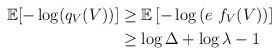
LaTeX: \begin{align*}\mathbb{E}[ -\log( q_{V}(V) ) ] &\geq \mathbb{E}\left[ -\log\left( e ~ f_V(V) \right) \right] \\&\geq \log{\Delta} + \log{\lambda}- 1 \end{align*}